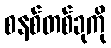
စနစ်တစ်ခုကို